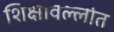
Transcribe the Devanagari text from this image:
शिक्षावल्लीत